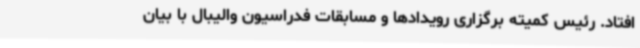
افتاد. رئیس کمیته برگزاری رویدادها و مسابقات فدراسیون والیبال با بیان